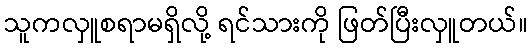
သူကလှူစရာမရှိလို့ ရင်သားကို ဖြတ်ပြီးလှူတယ်။